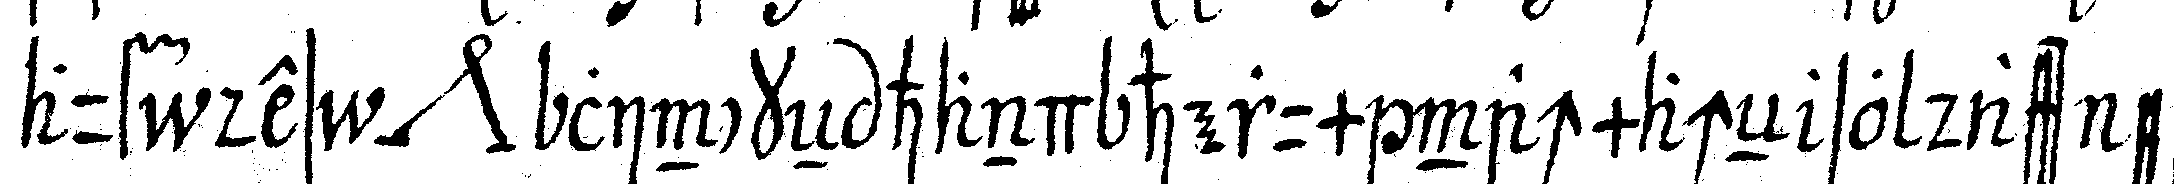
auf des *nee* linckeN hand herum nachmacheN so dass er